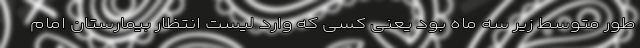
طور متوسط زیر سه ماه بود یعنی کسی که وارد لیست انتظار بیمارستان امام